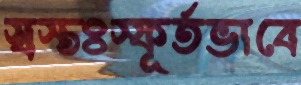
স্বস্তঃস্ফূর্তভাবে